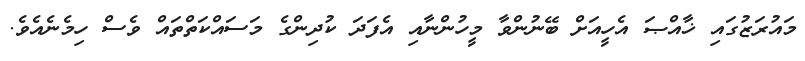
މައުރަޒުގައި ޚާއްޞަ އެހީއަށް ބޭނުންވާ މީހުންނާއި އެފަދަ ކުދިންގެ މަސައްކަތްތައް ވެސް ހިމެނެއެވެ.